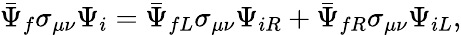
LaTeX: \bar{\Psi}_{f}\sigma_{\mu\nu}\Psi_{i}=\bar{\Psi}_{fL}\sigma_{\mu\nu}\Psi_{iR}+\bar{\Psi}_{fR}\sigma_{\mu\nu}\Psi_{iL},